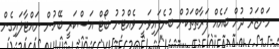
މަންޒަރު ދުށް ބައެއް ފަރާތްތަކުން ބުނެފައިވަނީ ވެއްޓުނު ބޯޓް އަސްކަރީ ބޭހުން ނައްޓާލައިގެން